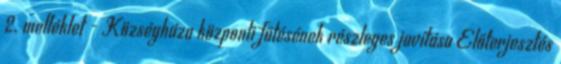
2. melléklet - Községháza központi fűtésének részleges javítása Előterjesztés